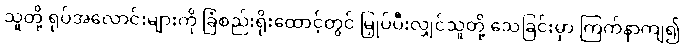
သူတို့ ရုပ်အလောင်းများကို ခြံစည်းရိုးထောင့်တွင် မြှုပ်ပီးလျှင်သူတို့ သေခြင်းမှာ ကြက်နာကျ၍